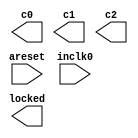
// megafunction wizard: %ALTPLL%VBB%
// GENERATION: STANDARD
// VERSION: WM1.0
// MODULE: altpll 

// ============================================================
// Megafunction Name(s):
// 			altpll
//
// Simulation Library Files(s):
// 			altera_mf
// ============================================================
// ************************************************************
// THIS IS A WIZARD-GENERATED FILE. DO NOT EDIT THIS FILE!
//
// 9.0 Build 132 02/25/2009 SJ Full Version
// ************************************************************

//Copyright (C) 1991-2009 Altera Corporation
//Your use of Altera Corporation's design tools, logic functions 
//and other software and tools, and its AMPP partner logic 
//functions, and any output files from any of the foregoing 
//(including device programming or simulation files), and any 
//associated documentation or information are expressly subject 
//to the terms and conditions of the Altera Program License 
//Subscription Agreement, Altera MegaCore Function License 
//Agreement, or other applicable license agreement, including, 
//without limitation, that your use is for the sole purpose of 
//programming logic devices manufactured by Altera and sold by 
//Altera or its authorized distributors.  Please refer to the 
//applicable agreement for further details.

module PLL (
	areset,
	inclk0,
	c0,
	c1,
	c2,
	locked);

	input	  areset;
	input	  inclk0;
	output	  c0;
	output	  c1;
	output	  c2;
	output	  locked;
`ifndef ALTERA_RESERVED_QIS
// synopsys translate_off
`endif
	tri0	  areset;
`ifndef ALTERA_RESERVED_QIS
// synopsys translate_on
`endif

endmodule

// ============================================================
// CNX file retrieval info
// ============================================================
// Retrieval info: PRIVATE: ACTIVECLK_CHECK STRING "0"
// Retrieval info: PRIVATE: BANDWIDTH STRING "1.000"
// Retrieval info: PRIVATE: BANDWIDTH_FEATURE_ENABLED STRING "1"
// Retrieval info: PRIVATE: BANDWIDTH_FREQ_UNIT STRING "MHz"
// Retrieval info: PRIVATE: BANDWIDTH_PRESET STRING "Low"
// Retrieval info: PRIVATE: BANDWIDTH_USE_AUTO STRING "1"
// Retrieval info: PRIVATE: BANDWIDTH_USE_CUSTOM STRING "0"
// Retrieval info: PRIVATE: BANDWIDTH_USE_PRESET STRING "0"
// Retrieval info: PRIVATE: CLKBAD_SWITCHOVER_CHECK STRING "0"
// Retrieval info: PRIVATE: CLKLOSS_CHECK STRING "0"
// Retrieval info: PRIVATE: CLKSWITCH_CHECK STRING "0"
// Retrieval info: PRIVATE: CNX_NO_COMPENSATE_RADIO STRING "0"
// Retrieval info: PRIVATE: CREATE_CLKBAD_CHECK STRING "0"
// Retrieval info: PRIVATE: CREATE_INCLK1_CHECK STRING "0"
// Retrieval info: PRIVATE: CUR_DEDICATED_CLK STRING "c0"
// Retrieval info: PRIVATE: CUR_FBIN_CLK STRING "c0"
// Retrieval info: PRIVATE: DEVICE_SPEED_GRADE STRING "4"
// Retrieval info: PRIVATE: DIV_FACTOR0 NUMERIC "1"
// Retrieval info: PRIVATE: DIV_FACTOR1 NUMERIC "1"
// Retrieval info: PRIVATE: DIV_FACTOR2 NUMERIC "1"
// Retrieval info: PRIVATE: DUTY_CYCLE0 STRING "50.00000000"
// Retrieval info: PRIVATE: DUTY_CYCLE1 STRING "50.00000000"
// Retrieval info: PRIVATE: DUTY_CYCLE2 STRING "50.00000000"
// Retrieval info: PRIVATE: EFF_OUTPUT_FREQ_VALUE0 STRING "160.000000"
// Retrieval info: PRIVATE: EFF_OUTPUT_FREQ_VALUE1 STRING "40.000000"
// Retrieval info: PRIVATE: EFF_OUTPUT_FREQ_VALUE2 STRING "100.000000"
// Retrieval info: PRIVATE: EXPLICIT_SWITCHOVER_COUNTER STRING "0"
// Retrieval info: PRIVATE: EXT_FEEDBACK_RADIO STRING "0"
// Retrieval info: PRIVATE: GLOCKED_COUNTER_EDIT_CHANGED STRING "1"
// Retrieval info: PRIVATE: GLOCKED_FEATURE_ENABLED STRING "1"
// Retrieval info: PRIVATE: GLOCKED_MODE_CHECK STRING "0"
// Retrieval info: PRIVATE: GLOCK_COUNTER_EDIT NUMERIC "1048575"
// Retrieval info: PRIVATE: HAS_MANUAL_SWITCHOVER STRING "1"
// Retrieval info: PRIVATE: INCLK0_FREQ_EDIT STRING "25.000"
// Retrieval info: PRIVATE: INCLK0_FREQ_UNIT_COMBO STRING "MHz"
// Retrieval info: PRIVATE: INCLK1_FREQ_EDIT STRING "100.000"
// Retrieval info: PRIVATE: INCLK1_FREQ_EDIT_CHANGED STRING "1"
// Retrieval info: PRIVATE: INCLK1_FREQ_UNIT_CHANGED STRING "1"
// Retrieval info: PRIVATE: INCLK1_FREQ_UNIT_COMBO STRING "MHz"
// Retrieval info: PRIVATE: INTENDED_DEVICE_FAMILY STRING "Stratix II"
// Retrieval info: PRIVATE: INT_FEEDBACK__MODE_RADIO STRING "1"
// Retrieval info: PRIVATE: LOCKED_OUTPUT_CHECK STRING "1"
// Retrieval info: PRIVATE: LONG_SCAN_RADIO STRING "1"
// Retrieval info: PRIVATE: LVDS_MODE_DATA_RATE STRING "150.000"
// Retrieval info: PRIVATE: LVDS_MODE_DATA_RATE_DIRTY NUMERIC "0"
// Retrieval info: PRIVATE: LVDS_PHASE_SHIFT_UNIT0 STRING "deg"
// Retrieval info: PRIVATE: LVDS_PHASE_SHIFT_UNIT1 STRING "deg"
// Retrieval info: PRIVATE: LVDS_PHASE_SHIFT_UNIT2 STRING "deg"
// Retrieval info: PRIVATE: MIG_DEVICE_SPEED_GRADE STRING "Any"
// Retrieval info: PRIVATE: MULT_FACTOR0 NUMERIC "1"
// Retrieval info: PRIVATE: MULT_FACTOR1 NUMERIC "1"
// Retrieval info: PRIVATE: MULT_FACTOR2 NUMERIC "1"
// Retrieval info: PRIVATE: NORMAL_MODE_RADIO STRING "1"
// Retrieval info: PRIVATE: OUTPUT_FREQ0 STRING "160.00000000"
// Retrieval info: PRIVATE: OUTPUT_FREQ1 STRING "40.00000000"
// Retrieval info: PRIVATE: OUTPUT_FREQ2 STRING "100.00000000"
// Retrieval info: PRIVATE: OUTPUT_FREQ_MODE0 STRING "1"
// Retrieval info: PRIVATE: OUTPUT_FREQ_MODE1 STRING "1"
// Retrieval info: PRIVATE: OUTPUT_FREQ_MODE2 STRING "1"
// Retrieval info: PRIVATE: OUTPUT_FREQ_UNIT0 STRING "MHz"
// Retrieval info: PRIVATE: OUTPUT_FREQ_UNIT1 STRING "MHz"
// Retrieval info: PRIVATE: OUTPUT_FREQ_UNIT2 STRING "MHz"
// Retrieval info: PRIVATE: PHASE_RECONFIG_FEATURE_ENABLED STRING "0"
// Retrieval info: PRIVATE: PHASE_RECONFIG_INPUTS_CHECK STRING "0"
// Retrieval info: PRIVATE: PHASE_SHIFT0 STRING "0.00000000"
// Retrieval info: PRIVATE: PHASE_SHIFT1 STRING "0.00000000"
// Retrieval info: PRIVATE: PHASE_SHIFT2 STRING "0.00000000"
// Retrieval info: PRIVATE: PHASE_SHIFT_STEP_ENABLED_CHECK STRING "0"
// Retrieval info: PRIVATE: PHASE_SHIFT_UNIT0 STRING "deg"
// Retrieval info: PRIVATE: PHASE_SHIFT_UNIT1 STRING "deg"
// Retrieval info: PRIVATE: PHASE_SHIFT_UNIT2 STRING "deg"
// Retrieval info: PRIVATE: PLL_ADVANCED_PARAM_CHECK STRING "0"
// Retrieval info: PRIVATE: PLL_ARESET_CHECK STRING "1"
// Retrieval info: PRIVATE: PLL_AUTOPLL_CHECK NUMERIC "1"
// Retrieval info: PRIVATE: PLL_ENA_CHECK STRING "0"
// Retrieval info: PRIVATE: PLL_ENHPLL_CHECK NUMERIC "0"
// Retrieval info: PRIVATE: PLL_FASTPLL_CHECK NUMERIC "0"
// Retrieval info: PRIVATE: PLL_FBMIMIC_CHECK STRING "0"
// Retrieval info: PRIVATE: PLL_LVDS_PLL_CHECK NUMERIC "0"
// Retrieval info: PRIVATE: PLL_PFDENA_CHECK STRING "0"
// Retrieval info: PRIVATE: PLL_TARGET_HARCOPY_CHECK NUMERIC "0"
// Retrieval info: PRIVATE: PRIMARY_CLK_COMBO STRING "inclk0"
// Retrieval info: PRIVATE: RECONFIG_FILE STRING "PLL.mif"
// Retrieval info: PRIVATE: SACN_INPUTS_CHECK STRING "0"
// Retrieval info: PRIVATE: SCAN_FEATURE_ENABLED STRING "1"
// Retrieval info: PRIVATE: SELF_RESET_LOCK_LOSS STRING "0"
// Retrieval info: PRIVATE: SHORT_SCAN_RADIO STRING "0"
// Retrieval info: PRIVATE: SPREAD_FEATURE_ENABLED STRING "1"
// Retrieval info: PRIVATE: SPREAD_FREQ STRING "50.000"
// Retrieval info: PRIVATE: SPREAD_FREQ_UNIT STRING "KHz"
// Retrieval info: PRIVATE: SPREAD_PERCENT STRING "0.500"
// Retrieval info: PRIVATE: SPREAD_USE STRING "0"
// Retrieval info: PRIVATE: SRC_SYNCH_COMP_RADIO STRING "0"
// Retrieval info: PRIVATE: STICKY_CLK0 STRING "1"
// Retrieval info: PRIVATE: STICKY_CLK1 STRING "1"
// Retrieval info: PRIVATE: STICKY_CLK2 STRING "1"
// Retrieval info: PRIVATE: SWITCHOVER_COUNT_EDIT NUMERIC "1"
// Retrieval info: PRIVATE: SWITCHOVER_FEATURE_ENABLED STRING "1"
// Retrieval info: PRIVATE: SYNTH_WRAPPER_GEN_POSTFIX STRING "0"
// Retrieval info: PRIVATE: USE_CLK0 STRING "1"
// Retrieval info: PRIVATE: USE_CLK1 STRING "1"
// Retrieval info: PRIVATE: USE_CLK2 STRING "1"
// Retrieval info: PRIVATE: USE_MIL_SPEED_GRADE NUMERIC "0"
// Retrieval info: PRIVATE: ZERO_DELAY_RADIO STRING "0"
// Retrieval info: LIBRARY: altera_mf altera_mf.altera_mf_components.all
// Retrieval info: CONSTANT: BANDWIDTH_TYPE STRING "AUTO"
// Retrieval info: CONSTANT: CLK0_DIVIDE_BY NUMERIC "5"
// Retrieval info: CONSTANT: CLK0_DUTY_CYCLE NUMERIC "50"
// Retrieval info: CONSTANT: CLK0_MULTIPLY_BY NUMERIC "32"
// Retrieval info: CONSTANT: CLK0_PHASE_SHIFT STRING "0"
// Retrieval info: CONSTANT: CLK1_DIVIDE_BY NUMERIC "5"
// Retrieval info: CONSTANT: CLK1_DUTY_CYCLE NUMERIC "50"
// Retrieval info: CONSTANT: CLK1_MULTIPLY_BY NUMERIC "8"
// Retrieval info: CONSTANT: CLK1_PHASE_SHIFT STRING "0"
// Retrieval info: CONSTANT: CLK2_DIVIDE_BY NUMERIC "1"
// Retrieval info: CONSTANT: CLK2_DUTY_CYCLE NUMERIC "50"
// Retrieval info: CONSTANT: CLK2_MULTIPLY_BY NUMERIC "4"
// Retrieval info: CONSTANT: CLK2_PHASE_SHIFT STRING "0"
// Retrieval info: CONSTANT: COMPENSATE_CLOCK STRING "CLK0"
// Retrieval info: CONSTANT: GATE_LOCK_SIGNAL STRING "NO"
// Retrieval info: CONSTANT: INCLK0_INPUT_FREQUENCY NUMERIC "40000"
// Retrieval info: CONSTANT: INTENDED_DEVICE_FAMILY STRING "Stratix II"
// Retrieval info: CONSTANT: INVALID_LOCK_MULTIPLIER NUMERIC "5"
// Retrieval info: CONSTANT: LPM_TYPE STRING "altpll"
// Retrieval info: CONSTANT: OPERATION_MODE STRING "NORMAL"
// Retrieval info: CONSTANT: PLL_TYPE STRING "AUTO"
// Retrieval info: CONSTANT: PORT_ACTIVECLOCK STRING "PORT_UNUSED"
// Retrieval info: CONSTANT: PORT_ARESET STRING "PORT_USED"
// Retrieval info: CONSTANT: PORT_CLKBAD0 STRING "PORT_UNUSED"
// Retrieval info: CONSTANT: PORT_CLKBAD1 STRING "PORT_UNUSED"
// Retrieval info: CONSTANT: PORT_CLKLOSS STRING "PORT_UNUSED"
// Retrieval info: CONSTANT: PORT_CLKSWITCH STRING "PORT_UNUSED"
// Retrieval info: CONSTANT: PORT_CONFIGUPDATE STRING "PORT_UNUSED"
// Retrieval info: CONSTANT: PORT_FBIN STRING "PORT_UNUSED"
// Retrieval info: CONSTANT: PORT_INCLK0 STRING "PORT_USED"
// Retrieval info: CONSTANT: PORT_INCLK1 STRING "PORT_UNUSED"
// Retrieval info: CONSTANT: PORT_LOCKED STRING "PORT_USED"
// Retrieval info: CONSTANT: PORT_PFDENA STRING "PORT_UNUSED"
// Retrieval info: CONSTANT: PORT_PHASECOUNTERSELECT STRING "PORT_UNUSED"
// Retrieval info: CONSTANT: PORT_PHASEDONE STRING "PORT_UNUSED"
// Retrieval info: CONSTANT: PORT_PHASESTEP STRING "PORT_UNUSED"
// Retrieval info: CONSTANT: PORT_PHASEUPDOWN STRING "PORT_UNUSED"
// Retrieval info: CONSTANT: PORT_PLLENA STRING "PORT_UNUSED"
// Retrieval info: CONSTANT: PORT_SCANACLR STRING "PORT_UNUSED"
// Retrieval info: CONSTANT: PORT_SCANCLK STRING "PORT_UNUSED"
// Retrieval info: CONSTANT: PORT_SCANCLKENA STRING "PORT_UNUSED"
// Retrieval info: CONSTANT: PORT_SCANDATA STRING "PORT_UNUSED"
// Retrieval info: CONSTANT: PORT_SCANDATAOUT STRING "PORT_UNUSED"
// Retrieval info: CONSTANT: PORT_SCANDONE STRING "PORT_UNUSED"
// Retrieval info: CONSTANT: PORT_SCANREAD STRING "PORT_UNUSED"
// Retrieval info: CONSTANT: PORT_SCANWRITE STRING "PORT_UNUSED"
// Retrieval info: CONSTANT: PORT_clk0 STRING "PORT_USED"
// Retrieval info: CONSTANT: PORT_clk1 STRING "PORT_USED"
// Retrieval info: CONSTANT: PORT_clk2 STRING "PORT_USED"
// Retrieval info: CONSTANT: PORT_clk3 STRING "PORT_UNUSED"
// Retrieval info: CONSTANT: PORT_clk4 STRING "PORT_UNUSED"
// Retrieval info: CONSTANT: PORT_clk5 STRING "PORT_UNUSED"
// Retrieval info: CONSTANT: PORT_clkena0 STRING "PORT_UNUSED"
// Retrieval info: CONSTANT: PORT_clkena1 STRING "PORT_UNUSED"
// Retrieval info: CONSTANT: PORT_clkena2 STRING "PORT_UNUSED"
// Retrieval info: CONSTANT: PORT_clkena3 STRING "PORT_UNUSED"
// Retrieval info: CONSTANT: PORT_clkena4 STRING "PORT_UNUSED"
// Retrieval info: CONSTANT: PORT_clkena5 STRING "PORT_UNUSED"
// Retrieval info: CONSTANT: PORT_enable0 STRING "PORT_UNUSED"
// Retrieval info: CONSTANT: PORT_enable1 STRING "PORT_UNUSED"
// Retrieval info: CONSTANT: PORT_extclk0 STRING "PORT_UNUSED"
// Retrieval info: CONSTANT: PORT_extclk1 STRING "PORT_UNUSED"
// Retrieval info: CONSTANT: PORT_extclk2 STRING "PORT_UNUSED"
// Retrieval info: CONSTANT: PORT_extclk3 STRING "PORT_UNUSED"
// Retrieval info: CONSTANT: PORT_sclkout0 STRING "PORT_UNUSED"
// Retrieval info: CONSTANT: PORT_sclkout1 STRING "PORT_UNUSED"
// Retrieval info: CONSTANT: SPREAD_FREQUENCY NUMERIC "0"
// Retrieval info: CONSTANT: VALID_LOCK_MULTIPLIER NUMERIC "1"
// Retrieval info: USED_PORT: @clk 0 0 6 0 OUTPUT_CLK_EXT VCC "@clk[5..0]"
// Retrieval info: USED_PORT: @extclk 0 0 4 0 OUTPUT_CLK_EXT VCC "@extclk[3..0]"
// Retrieval info: USED_PORT: areset 0 0 0 0 INPUT GND "areset"
// Retrieval info: USED_PORT: c0 0 0 0 0 OUTPUT_CLK_EXT VCC "c0"
// Retrieval info: USED_PORT: c1 0 0 0 0 OUTPUT_CLK_EXT VCC "c1"
// Retrieval info: USED_PORT: c2 0 0 0 0 OUTPUT_CLK_EXT VCC "c2"
// Retrieval info: USED_PORT: inclk0 0 0 0 0 INPUT_CLK_EXT GND "inclk0"
// Retrieval info: USED_PORT: locked 0 0 0 0 OUTPUT GND "locked"
// Retrieval info: CONNECT: locked 0 0 0 0 @locked 0 0 0 0
// Retrieval info: CONNECT: @inclk 0 0 1 0 inclk0 0 0 0 0
// Retrieval info: CONNECT: c0 0 0 0 0 @clk 0 0 1 0
// Retrieval info: CONNECT: c1 0 0 0 0 @clk 0 0 1 1
// Retrieval info: CONNECT: c2 0 0 0 0 @clk 0 0 1 2
// Retrieval info: CONNECT: @inclk 0 0 1 1 GND 0 0 0 0
// Retrieval info: CONNECT: @areset 0 0 0 0 areset 0 0 0 0
// Retrieval info: GEN_FILE: TYPE_NORMAL PLL.v TRUE
// Retrieval info: GEN_FILE: TYPE_NORMAL PLL.ppf TRUE
// Retrieval info: GEN_FILE: TYPE_NORMAL PLL.inc FALSE
// Retrieval info: GEN_FILE: TYPE_NORMAL PLL.cmp FALSE
// Retrieval info: GEN_FILE: TYPE_NORMAL PLL.bsf FALSE
// Retrieval info: GEN_FILE: TYPE_NORMAL PLL_inst.v FALSE
// Retrieval info: GEN_FILE: TYPE_NORMAL PLL_bb.v TRUE
// Retrieval info: GEN_FILE: TYPE_NORMAL PLL_waveforms.html TRUE
// Retrieval info: GEN_FILE: TYPE_NORMAL PLL_wave*.jpg FALSE
// Retrieval info: LIB_FILE: altera_mf
// Retrieval info: CBX_MODULE_PREFIX: ON